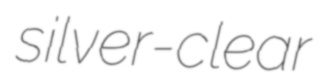
silver-clear